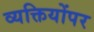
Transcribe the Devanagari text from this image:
व्यक्तियोंपर